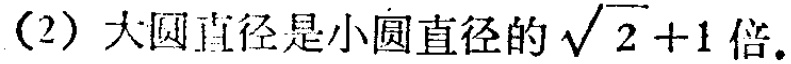
（2）大圆直径是小圆直径的\(\sqrt{2}+1\)倍。